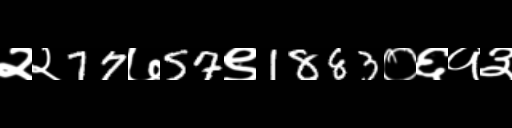
Text: २२77७57९1883०६१३